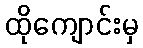
ထိုကျောင်းမှ